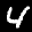
Label: 4